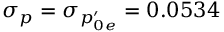
\sigma _ { p } = \sigma _ { p _ { 0 e } ^ { \prime } } = 0 . 0 5 3 4